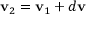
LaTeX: \mathbf { v } _ { 2 } = \mathbf { v } _ { 1 } + d \mathbf { v }